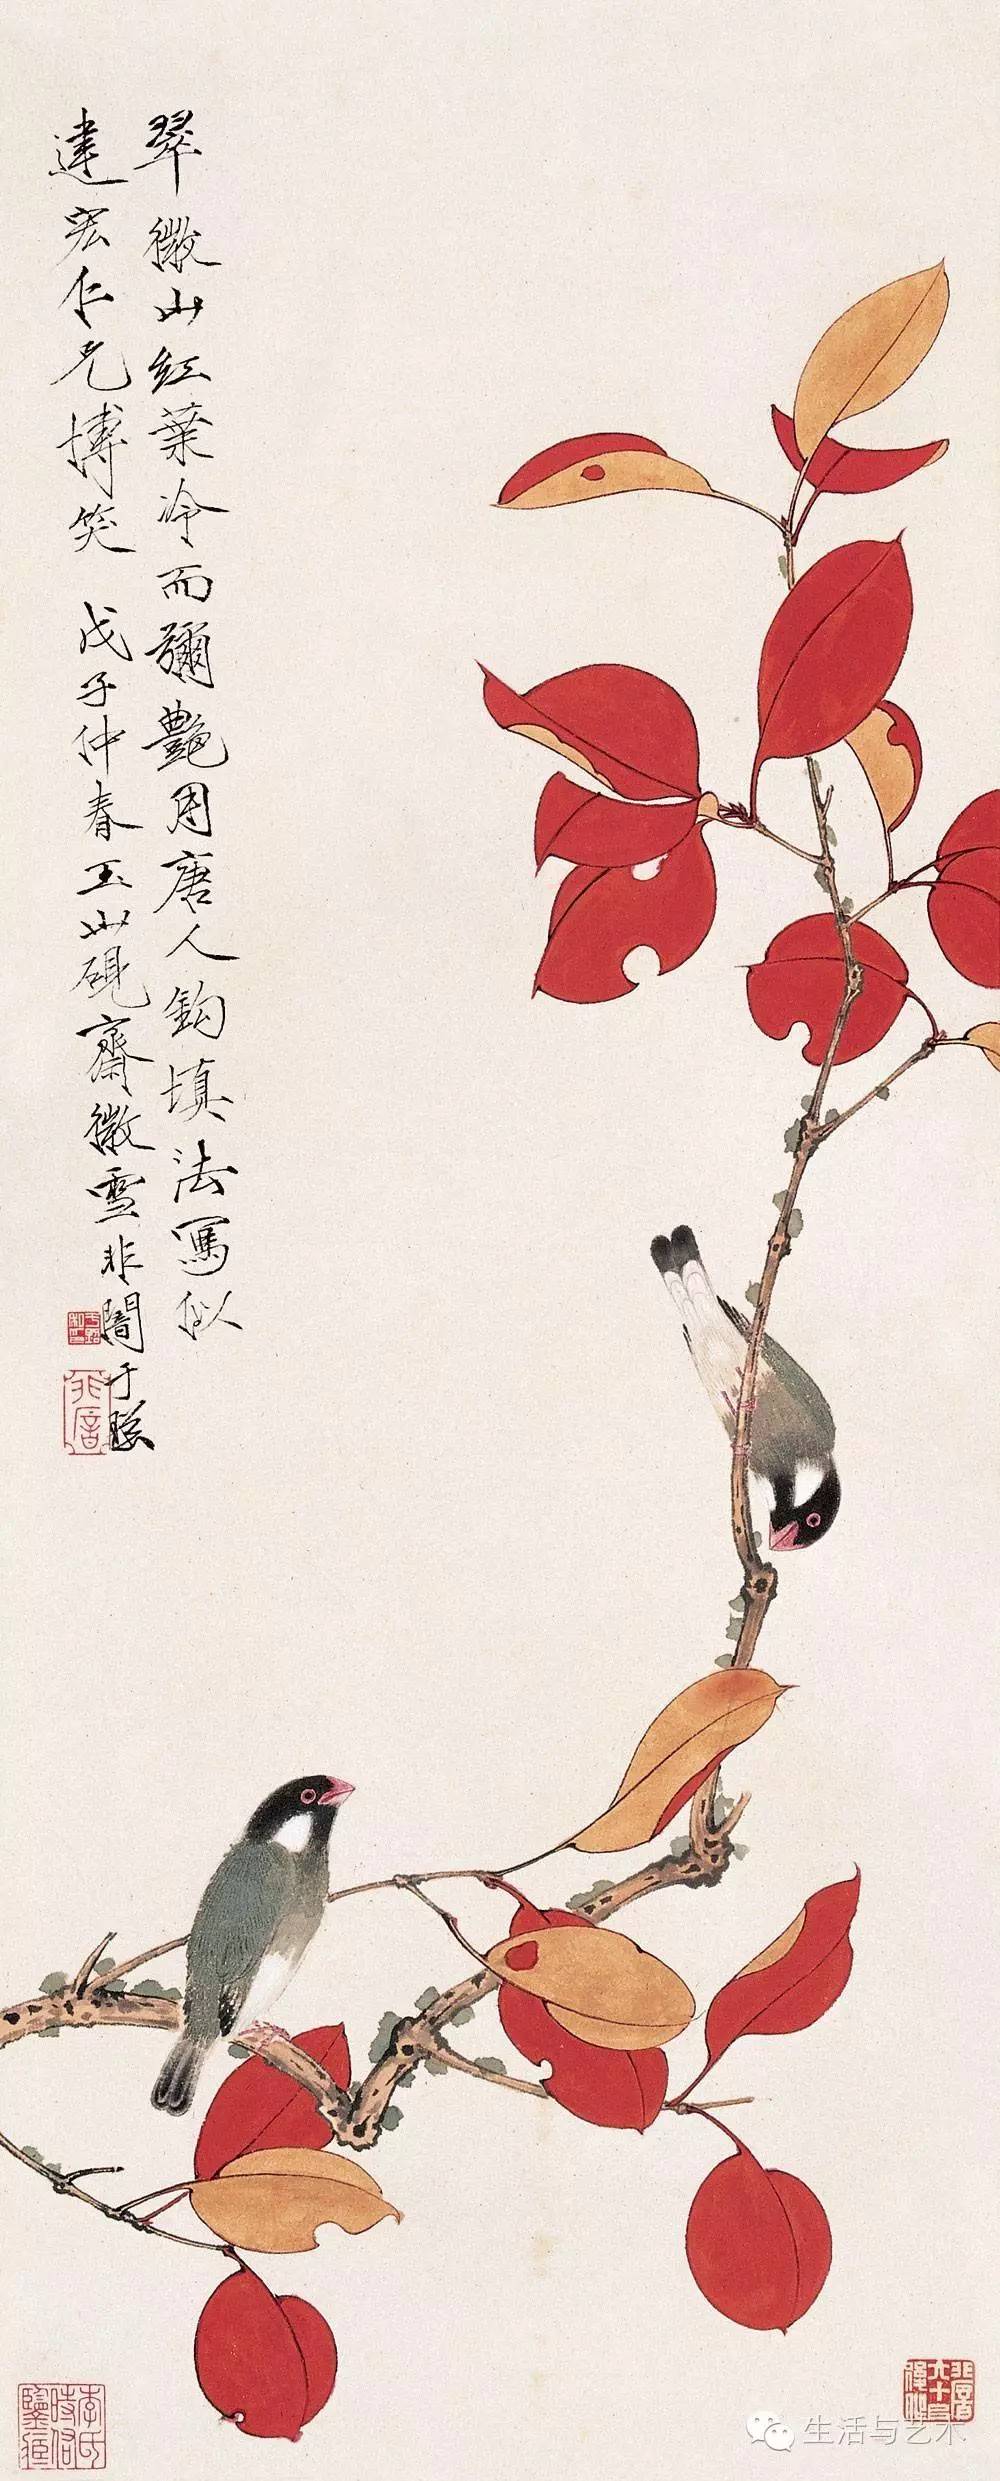
兼相爱，交相利。